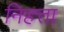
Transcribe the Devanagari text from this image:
निहत्ता